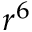
r ^ { 6 }